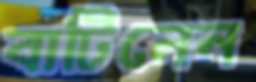
বাটিলেন